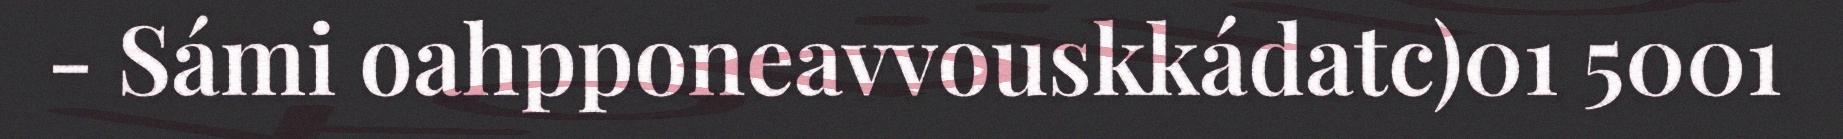
- Sámi oahpponeavvouskkádatc)01 5001